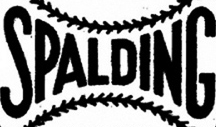
SPALDING